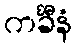
ကင်္ခီနံ